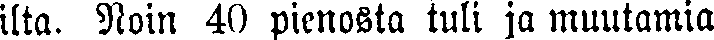
ilta. Noin 40 pienosta tuli ja muutamia